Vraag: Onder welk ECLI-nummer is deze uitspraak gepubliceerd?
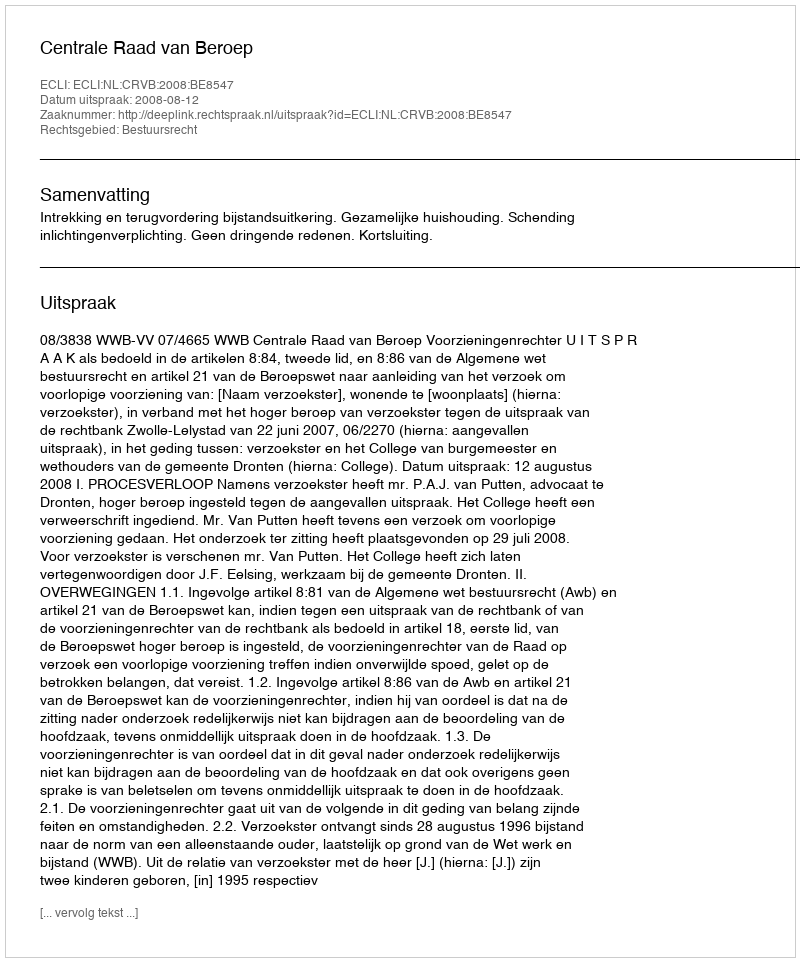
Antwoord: ECLI:NL:CRVB:2008:BE8547